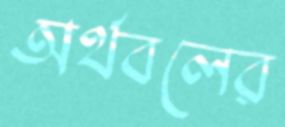
অর্থবলের